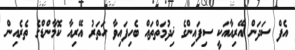
އެފް ސަދަން އޭރިއާއަކީ ސިފައިންގެ ޚިދުމަތްތައް ބެހިފައިވާ ހަތަރު އޭރިއާ ކޮމާންޑްގެ ތެރެއިން